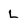
Character: L